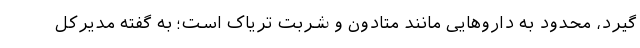
‌گیرد، محدود به داروهایی مانند متادون و شربت تریاک است؛ به گفته مدیرکل